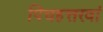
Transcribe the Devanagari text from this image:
पिचहत्तरवां